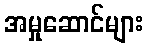
အမှုဆောင်များ